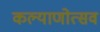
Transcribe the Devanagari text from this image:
कल्याणोत्सव